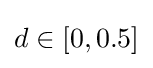
d\in [0,0.5]